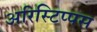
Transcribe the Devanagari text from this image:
अरिस्टिप्पस